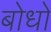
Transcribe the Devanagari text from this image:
बोधो